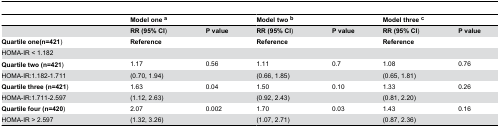
<table><thead><tr><td>[EMPTY_CELL]</td><td><b>Model one <sup>a</sup></b></td><td>[EMPTY_CELL]</td><td><b>Model two <sup>b</sup></b></td><td>[EMPTY_CELL]</td><td><b>Model three <sup>c</sup></b></td><td>[EMPTY_CELL]</td></tr></thead><tbody><tr><td>[EMPTY_CELL]</td><td><b>RR (95% CI</b>)</td><td><b>P value</b></td><td><b>RR (95% CI</b>)</td><td><b>P value</b></td><td><b>RR (95% CI</b>)</td><td><b>P value</b></td></tr><tr><td><b>Quartile one(n=421</b>)</td><td><b>Reference</b></td><td>[EMPTY_CELL]</td><td><b>Reference</b></td><td>[EMPTY_CELL]</td><td><b>Reference</b></td><td>[EMPTY_CELL]</td></tr><tr><td>HOMA-IR &lt; 1.182</td><td>[EMPTY_CELL]</td><td>[EMPTY_CELL]</td><td>[EMPTY_CELL]</td><td>[EMPTY_CELL]</td><td>[EMPTY_CELL]</td><td>[EMPTY_CELL]</td></tr><tr><td><b>Quartile two (n=421</b>)</td><td>1.17</td><td>0.56</td><td>1.11</td><td>0.7</td><td>1.08</td><td>0.76</td></tr><tr><td>HOMA-IR:1.182-1.711</td><td>(0.70, 1.94)</td><td>[EMPTY_CELL]</td><td>(0.66, 1.85)</td><td>[EMPTY_CELL]</td><td>(0.65, 1.81)</td><td>[EMPTY_CELL]</td></tr><tr><td><b>Quartile three (n=421</b>)</td><td>1.63</td><td>0.04</td><td>1.50</td><td>0.10</td><td>1.33</td><td>0.26</td></tr><tr><td>HOMA-IR:1.711-2.597</td><td>(1.12, 2.63)</td><td>[EMPTY_CELL]</td><td>(0.92, 2.43)</td><td>[EMPTY_CELL]</td><td>(0.81, 2.20)</td><td>[EMPTY_CELL]</td></tr><tr><td><b>Quartile four (n=420</b>)</td><td>2.07</td><td>0.002</td><td>1.70</td><td>0.03</td><td>1.43</td><td>0.16</td></tr><tr><td>HOMA-IR &gt; 2.597</td><td>(1.32, 3.26)</td><td>[EMPTY_CELL]</td><td>(1.07, 2.71)</td><td>[EMPTY_CELL]</td><td>(0.87, 2.36)</td><td>[EMPTY_CELL]</td></tr></tbody></table>